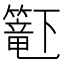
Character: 𬕹